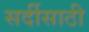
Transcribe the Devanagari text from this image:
सर्दीसाठी